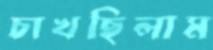
চাখছিলাম